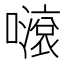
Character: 𡁺